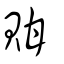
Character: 𧵊